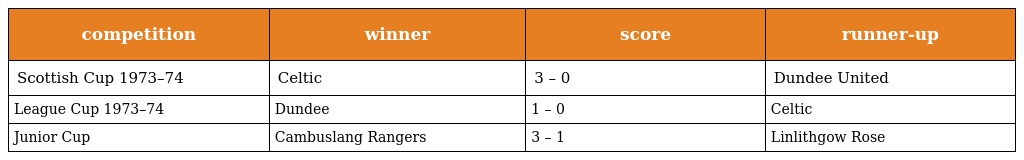
| competition | winner | score | runner-up |
 | --- | --- | --- | --- |
 | Scottish Cup 1973–74 | Celtic | 3 – 0 | Dundee United |
 | League Cup 1973–74 | Dundee | 1 – 0 | Celtic |
 | Junior Cup | Cambuslang Rangers | 3 – 1 | Linlithgow Rose |